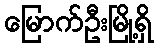
မြောက်ဦးမြို့ရှိ